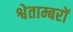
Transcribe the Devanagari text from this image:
श्वेताम्बरों